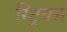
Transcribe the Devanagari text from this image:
स्ट्रिक्स